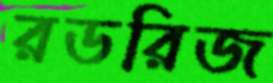
রডরিজ